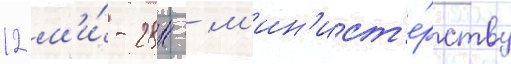
12 м'и́-28н - м'ин'ист'е́рству